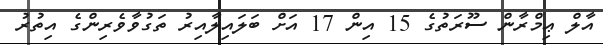
އާލް ޢިމްރާން ސޫރަތުގެ 15 އިން 17 އަށް ބަލައިލާއިރު ތަގުވާވެރިންގެ އިތުރު